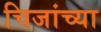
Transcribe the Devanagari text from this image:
चिजांच्या